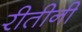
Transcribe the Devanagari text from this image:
रीतीनी